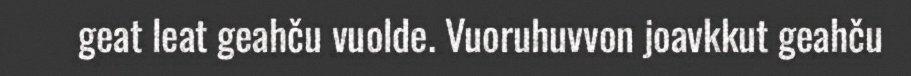
geat leat geahču vuolde. Vuoruhuvvon joavkkut geahču